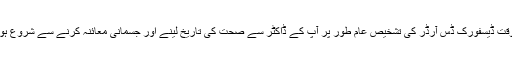
قبل از وقت ڈیسفورک ڈس آرڈر کی تشخیص عام طور پر آپ کے ڈاکٹر سے صحت کی تاریخ لینے اور جسمانی معائنہ کرنے سے شروع ہوتی ہے۔